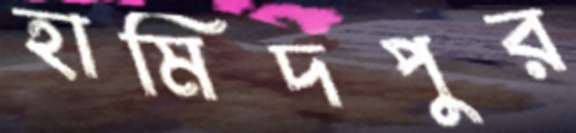
হামিদপুর